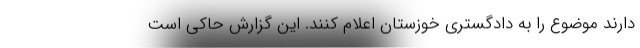
دارند موضوع را به دادگستری خوزستان اعلام کنند. این گزارش حاکی است